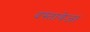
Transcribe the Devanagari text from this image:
दस्तावेजां